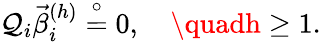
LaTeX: \mathcal{Q}_{i}\vec{{\beta}}_{i}^{(h)}\stackrel{\circ}{=}{0},\quad\quadh\geq1.